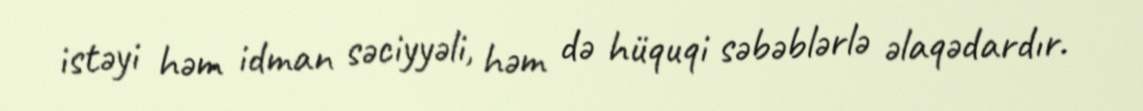
istəyi həm idman səciyyəli, həm də hüquqi səbəblərlə əlaqədardır.